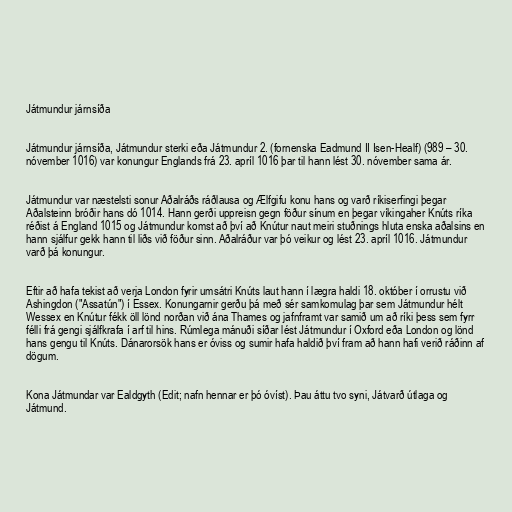
Játmundur járnsíða

Játmundur járnsíða, Játmundur sterki eða Játmundur 2. (fornenska Eadmund II Isen-Healf) (989 – 30.
nóvember 1016) var konungur Englands frá 23. apríl 1016 þar til hann lést 30. nóvember sama ár.

Játmundur var næstelsti sonur Aðalráðs ráðlausa og Ælfgifu konu hans og varð ríkiserfingi þegar
Aðalsteinn bróðir hans dó 1014. Hann gerði uppreisn gegn föður sínum en þegar víkingaher Knúts ríka
réðist á England 1015 og Játmundur komst að því að Knútur naut meiri stuðnings hluta enska aðalsins en
hann sjálfur gekk hann til liðs við föður sinn. Aðalráður var þó veikur og lést 23. apríl 1016. Játmundur
varð þá konungur.

Eftir að hafa tekist að verja London fyrir umsátri Knúts laut hann í lægra haldi 18. október í orrustu við
Ashingdon ("Assatún") í Essex. Konungarnir gerðu þá með sér samkomulag þar sem Játmundur hélt
Wessex en Knútur fékk öll lönd norðan við ána Thames og jafnframt var samið um að ríki þess sem fyrr
félli frá gengi sjálfkrafa í arf til hins. Rúmlega mánuði síðar lést Játmundur í Oxford eða London og lönd
hans gengu til Knúts. Dánarorsök hans er óviss og sumir hafa haldið því fram að hann hafi verið ráðinn af
dögum.

Kona Játmundar var Ealdgyth (Edit; nafn hennar er þó óvíst). Þau áttu tvo syni, Játvarð útlaga og
Játmund.